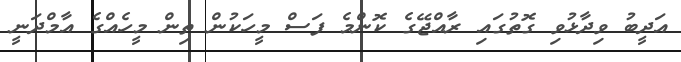
އަދީބު ވިދާޅުވި ގޮތުގައި ރާއްޖޭގެ ކޮންމެ ފަސް މީހަކުން ތިން މީހެއްގެ އާމްދަނީ